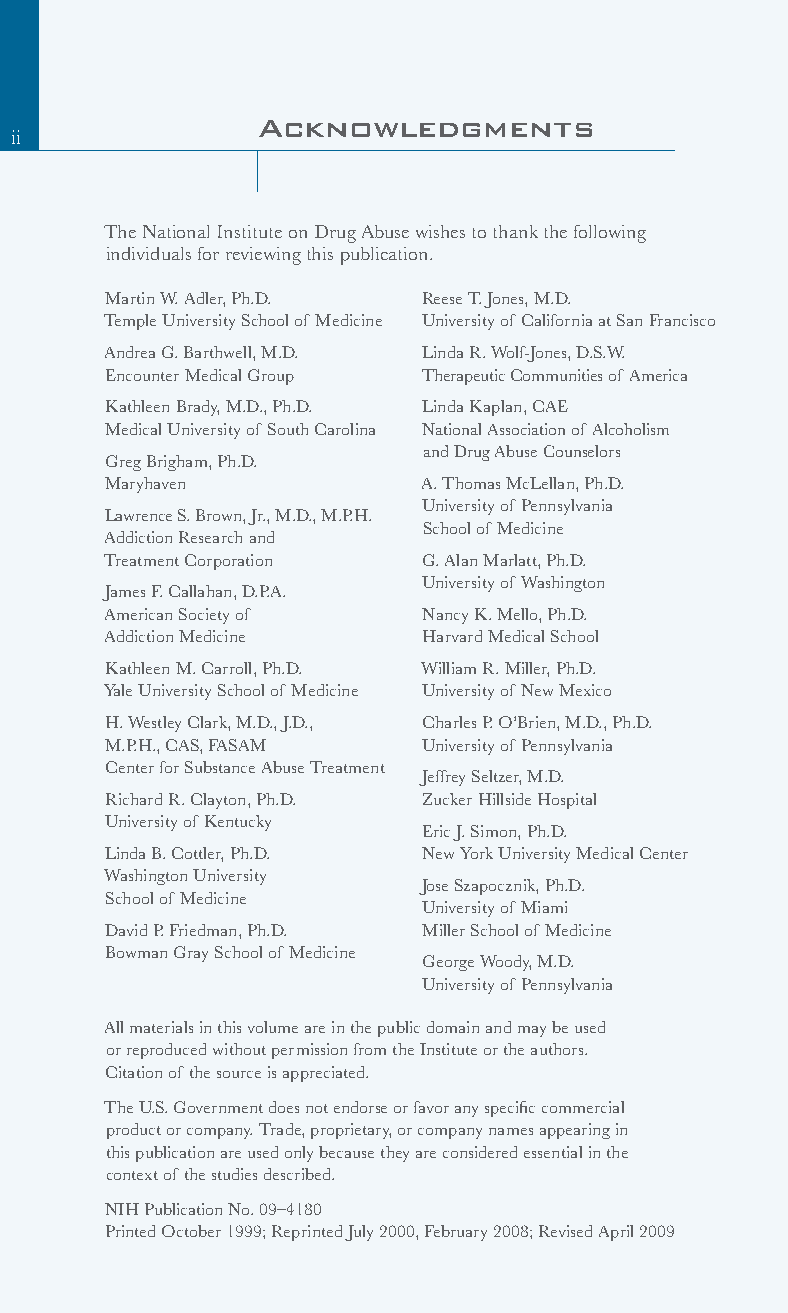
Acknowledgments
 iiii
 The National Institute on Drug Abuse wishes to thank the following
 individuals for reviewing this publication.
 Martin W. Adler, Ph.D. Reese T. Jones, M.D.
 Temple University School of Medicine University of California at San Francisco
 Andrea G. Barthwell, M.D. Linda R. Wolf-Jones, D.S.W.
 Encounter Medical Group Therapeutic Communities of America
 Kathleen Brady, M.D., Ph.D. Linda Kaplan, CAE
 Medical University of South Carolina National Association of Alcoholism
 and Drug Abuse Counselors
 Greg Brigham, Ph.D.
 Maryhaven            A. Thomas McLellan, Ph.D.
 University of Pennsylvania
 Lawrence S. Brown, Jr., M.D., M.P. H.
 School of Medicine
 Addiction Research and
 Treatment Corporation G. Alan Marlatt, Ph.D.
 University of Washington
 James F. Callahan, D.P.A.
 American Society of  Nancy K. Mello, Ph.D.
 Addiction Medicine   Harvard Medical School
 Kathleen M. Carroll, Ph.D. William R. Miller, Ph.D.
 Yale University School of Medicine University of New Mexico
 H. Westley Clark, M.D., J.D., Charles P. O’Brien, M.D., Ph.D.
 M.P.H., CAS, FASAM   University of Pennsylvania
 Center for Substance Abuse Treatment
 Jeffrey Seltzer, M.D.
 Richard R. Clayton, Ph.D. Zucker Hillside Hospital
 University of Kentucky
 Eric J. Simon, Ph.D.
 Linda B. Cottler, Ph.D. New York University Medical Center
 Washington University
 Jose Szapocznik, Ph.D.
 School of Medicine
 University of Miami
 David P. Friedman, Ph.D. Miller School of Medicine
 Bowman Gray School of Medicine
 George Woody, M.D.
 University of Pennsylvania
 All materials in this volume are in the public domain and may be used
 or reproduced without permission from the Institute or the authors.
 Citation of the source is appreciated.
 The U.S. Government does not endorse or favor any specific commercial
 product or company. Trade, proprietary, or company names appearing in
 this publication are used only because they are considered essential in the
 context of the studies described.
 NIH Publication No. 09–4180
 Printed October 1999; Reprinted July 2000, February 2008; Revised April 2009